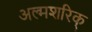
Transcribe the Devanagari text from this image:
अल्मशरिक्